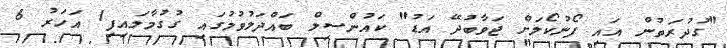
"ގުދުރަތުން އައި ފޯނުކޯލަށް ޖަވާބުދޭ އަޑު" ކައުންސިލް ބައްދަލުވުމުގައި ގުގުމާލައިފި1 އަހަރު 6